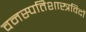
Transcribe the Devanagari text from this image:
वनस्पतिशास्त्रविदों